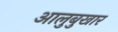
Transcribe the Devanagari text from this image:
आलुबुखार